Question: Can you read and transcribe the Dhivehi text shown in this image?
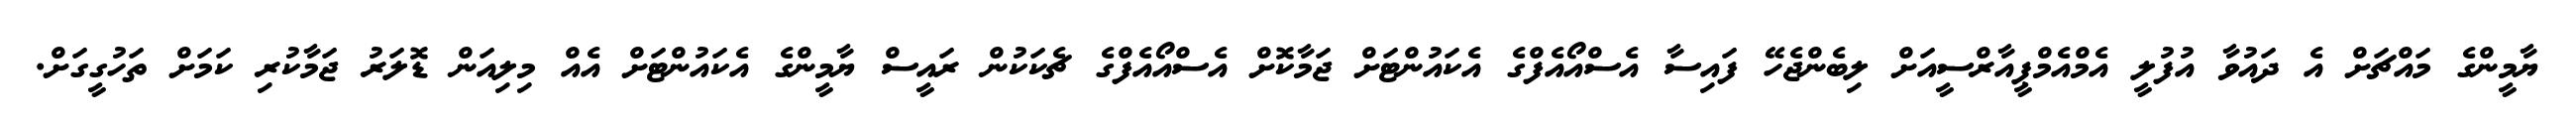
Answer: ޔާމީންގެ މައްޗަށް އެ ދައުވާ އުފުލީ އެމްއެމްޕީއާރްސީއަށް ލިބެންޖެހޭ ފައިސާ އެސްއޯއެފްގެ އެކައުންޓަށް ޖަމާކޮށް އެސްއޯއެފްގެ ޗެކަކުން ރައީސް ޔާމީންގެ އެކައުންޓަށް އެއް މިލިއަން ޑޮލަރު ޖަމާކުރި ކަމަށް ތަހުގީގަށް.